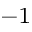
^ { - 1 }